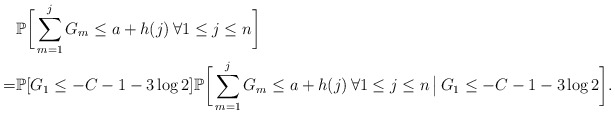
\begin{align*} &\mathbb{P} \bigg[ \sum_{m=1}^j G_m \le a + h(j) \, \forall 1 \le j \le n \bigg] \\ = &\mathbb{P} [ G_1 \le - C - 1 - 3 \log 2] \mathbb{P} \bigg[ \sum_{m=1}^j G_m \le a + h(j) \, \forall 1 \le j \le n \, \big \vert \, G_1 \le -C-1-3 \log 2 \bigg]. \end{align*}